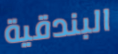
البندقية